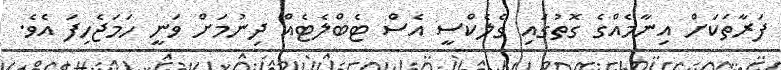
ފަރާތަކަށް އިނާމެއްގެ ގޮތުގައި ގެލެކްސީ އެސް ޓެބްލެޓެއް ދިނުމަށް ވަނީ ހަމަޖެހިފަ އެވެ.